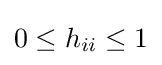
0\leq h_{ii}\leq 1